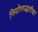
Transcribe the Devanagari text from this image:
नियोगपद्धतीचा